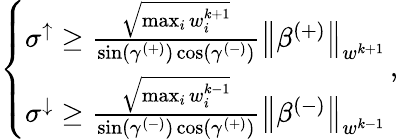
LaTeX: \begin{array}{r}{\left\{ \begin{array}{ll}{\sigma^{\uparrow}\geq\frac{\sqrt{\operatorname*{max}_{i}w_{i}^{k+1}}}{\sin(\gamma^{(+)})\cos(\gamma^{(-)})}\left\lVert\beta^{(+)}\right\rVert_{w^{k+1}}}\\ {\sigma^{\downarrow}\geq\frac{\sqrt{\operatorname*{max}_{i}w_{i}^{k-1}}}{\sin(\gamma^{(-)})\cos(\gamma^{(+)})}\left\lVert\beta^{(-)}\right\rVert_{w^{k-1}}}\end{array}\right.\, ,}\end{array}